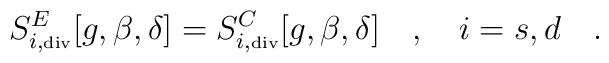
S^E_{i,\tiny\mbox{div}}[g,\beta,\delta]=S^C_{i,\tiny\mbox{div}}[g,\beta,\delta]~~~,~~~i=s,d~~~.